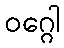
ဝဂ္ဂေါ